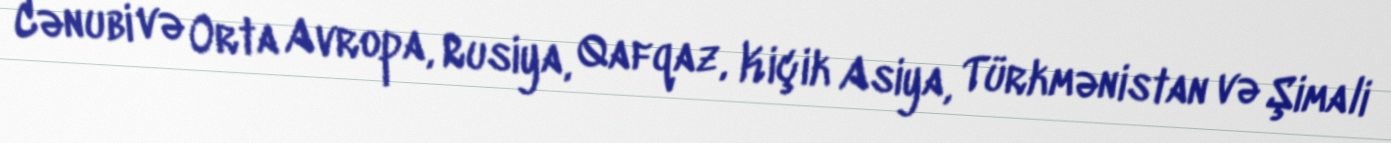
Cənubi və Orta Avropa, Rusiya, Qafqaz, Kiçik Asiya, Türkmənistan və Şimali